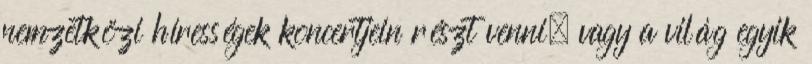
nemzetközi hírességek koncertjein részt venni, vagy a világ egyik